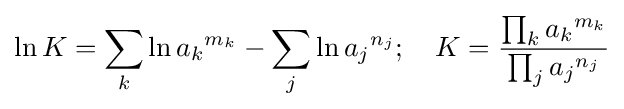
\ln K=\sum _{k}\ln {a_{k}}^{m_{k}}-\sum _{j}\ln {a_{j}}^{n_{j}};\quad K={\frac {\prod _{k}{a_{k}}^{m_{k}}}{\prod _{j}{a_{j}}^{n_{j}}}}